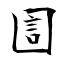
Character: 圁